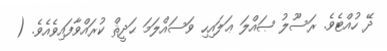
ދޭ ހުއްޓެވެ. ރަސޫލު ޞައްލަ ޢަލައިހި ވަސައްލަމަ ޙަދީޘް ކުރައްވާފައިވެއެވެ. (